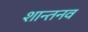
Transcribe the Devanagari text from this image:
शान्तनव